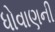
ધોવાણની